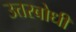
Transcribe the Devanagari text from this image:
उत्तरबोधी